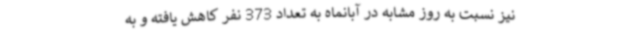
نیز نسبت به روز مشابه در آبانماه به تعداد 373 نفر کاهش یافته و به